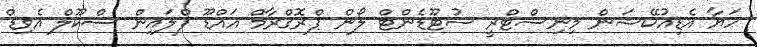
ހަޔާ އެޑިއުކޭޝަން މިނިސްޓްރީ ސުޓޫޑެންޓް ލޯން ޕްރޮގްރާމް އައްޑޫ ފްލައިން ސްކޫލް އެވިޑް